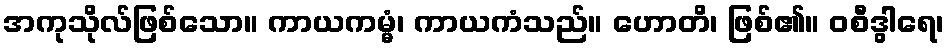
အကုသိုလ်ဖြစ်သော။ ကာယကမ္မံ၊ ကာယကံသည်။ ဟောတိ၊ ဖြစ်၏။ ဝစီဒွါရေ၊